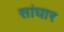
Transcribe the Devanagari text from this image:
सांघार